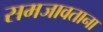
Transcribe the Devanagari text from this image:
समजावताना